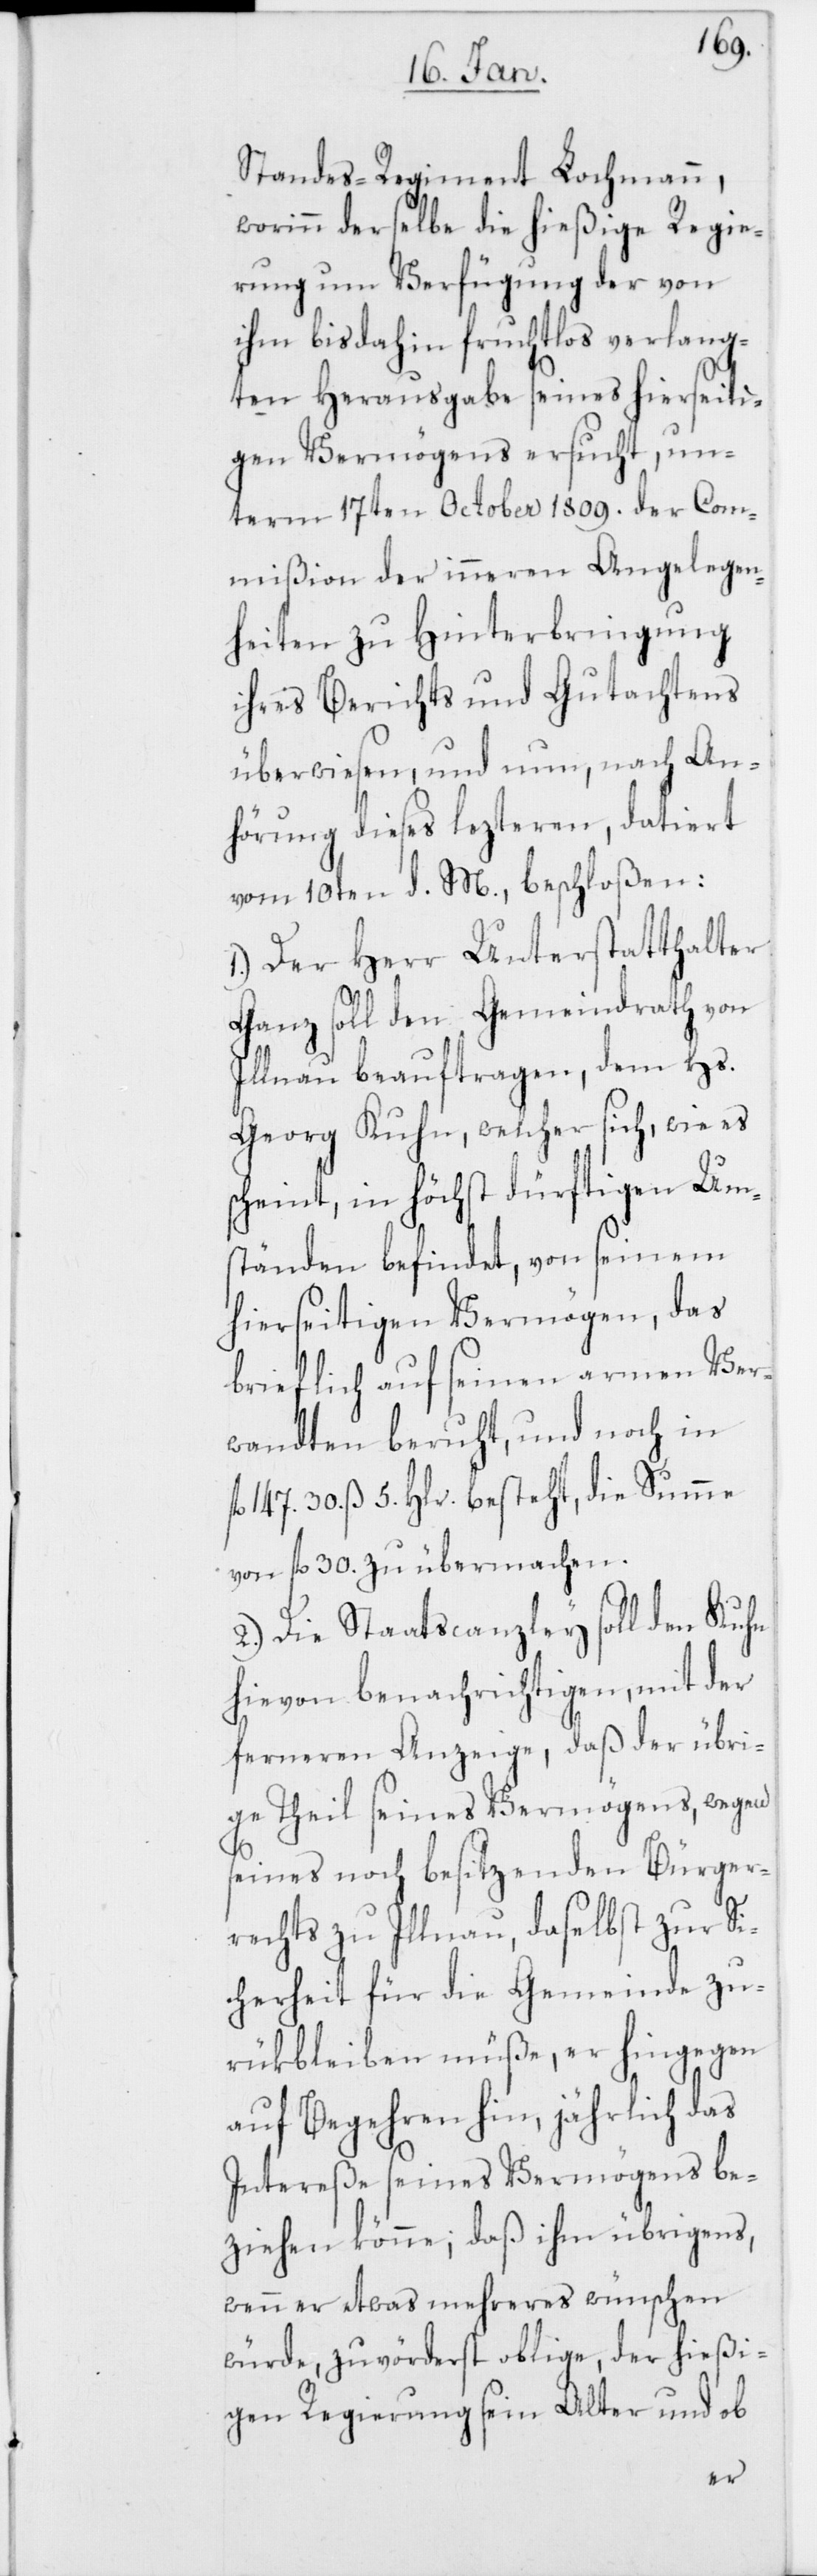
Standes-Regiment Lochmann,
worinn derselbe die hießige Regie¬
rung um Verfügung der von
ihm bisdahin fruchtlos verlang¬
ten Herausgabe seines hierseiti¬
gen Vermögens ersucht, un¬
term 17ten October 1809. der Com¬
mißion der inneren Angelegen¬
heiten zu Hinterbringung
ihres Berichts und Gutachtens
überwiesen, und nun, nach An¬
hörung dieses lezteren, datiert
vom 10ten d. M., beschloßen:
1.) Der Herr Unterstatthalter
Ganz soll den Gemeindrath von
Illnau beauftragen, dem Hs.
Georg Kuhn, welcher sich, wie es
scheint, in höchst dürftigen Um¬
ständen befindet, von seinem
hierseitigen Vermögen, das
brieflich auf seinen armen Ver¬
wandten beruht, und noch in
147. 30. ß 5. Hlr. besteht, die Summe
von fl. 30. zu übermachen.
2.) Die Staatscanzley soll den Kuhn
hievon benachrichtigen, mit der
ferneren Anzeige, daß der übri¬
ge Theil seines Vermögens, wegen
seines noch besitzenden Bürger¬
rechts zu Illnau, daselbst zur Si¬
cherheit für die Gemeinde zu¬
rükbleiben müße, er hingegen
auf Begehren hin, jährlich das
Intereße seines Vermögens be¬
ziehen könne; daß ihm übrigens,
wenn er etwas mehreres wünschen
würde, zuvörderst oblige, der hießi¬
gen Regierung sein Alter und ob